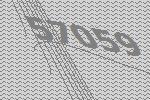
57059